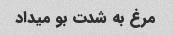
مرغ به شدت بو میداد